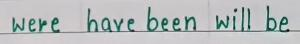
were   have been   will be